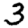
Digit: 3